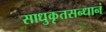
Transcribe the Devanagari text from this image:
साधुकृतसन्धानं